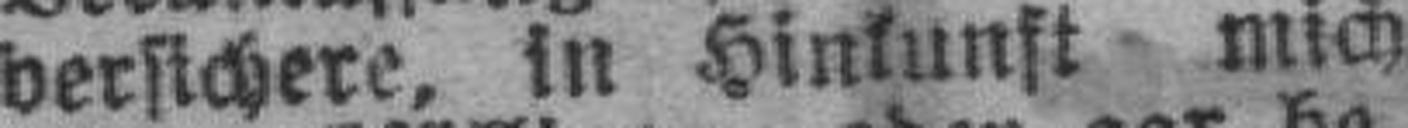
versichere, in Hinkunft mich